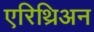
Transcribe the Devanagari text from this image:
एरिथ्रिअन